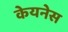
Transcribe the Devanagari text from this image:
केयनेस